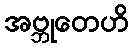
အဗ္ဘုတေဟိ